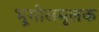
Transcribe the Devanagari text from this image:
भूगोलमूलक